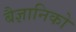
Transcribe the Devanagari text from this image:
बैज्ञानिको